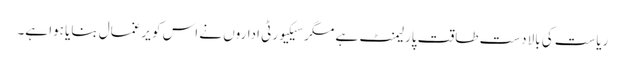
ریاست کی بالادست طاقت پارلیمنٹ ہے مگر سیکیورٹی اداروں نے اس کو یرغمال بنایا ہوا ہے۔